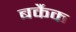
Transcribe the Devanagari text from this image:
बर्कैक